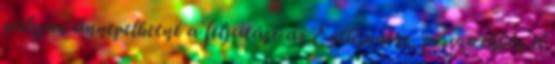
pályán ünnepelhetné a feljutást az Enthroners, persze ehhez el